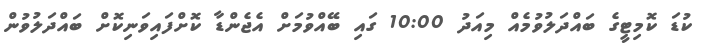
ކުޑަ ކޮމިޓީގެ ބައްދަލުވުމެއް މިއަދު 10:00 ގައި ބޭއްވުމަށް އެޖެންޑާ ކޮށްފައިވަނިކޮށް ބައްދަލުވުން